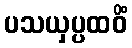
ပသယှပ္ပထဝိံ